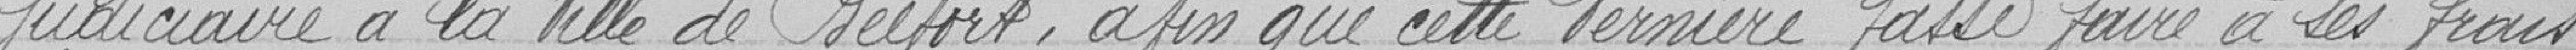
judiciaire à la Ville de Belfort, afin que cette dernière fasse faire à ses frais